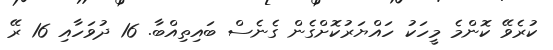
ކުރެވޭ ކޮންމެ މީހަކު ހައްޔަރުކޮށްގެން ގެނެސް ބައިތިއްބާ. 16 ދުވަހާއި 16 ރޭ